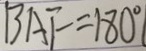
B A F = 1 8 0 ^ { \circ }